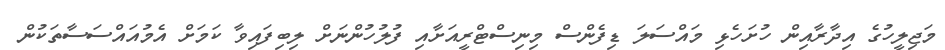
މަޖިލީހުގެ އިދާރާއިން ހުށަހެޅި މައްސަލަ ޑިފެންސް މިނިސްޓްރީއަށާއި ފުލުހުންނަށް ލިބިފައިވާ ކަމަށް އެމުއައްސަސާތަކުން